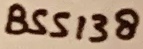
Text: BSS138